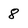
Character: 8